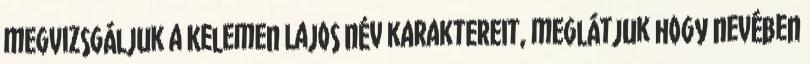
megvizsgáljuk a Kelemen Lajos név karaktereit, meglátjuk hogy nevében